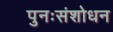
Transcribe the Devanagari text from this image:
पुनःसंशोधन